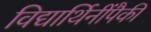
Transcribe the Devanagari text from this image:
विद्यार्थिनींपैकी